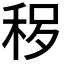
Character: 𱶃